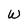
Character: W